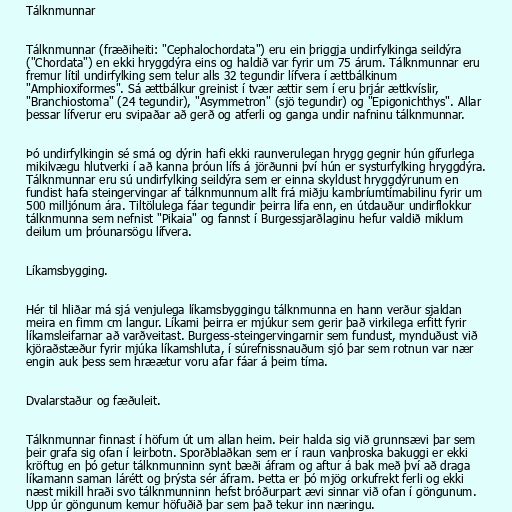
Tálknmunnar

Tálknmunnar (fræðiheiti: "Cephalochordata") eru ein þriggja undirfylkinga seildýra
("Chordata") en ekki hryggdýra eins og haldið var fyrir um 75 árum. Tálknmunnar eru
fremur lítil undirfylking sem telur alls 32 tegundir lífvera í ættbálkinum
"Amphioxiformes". Sá ættbálkur greinist í tvær ættir sem í eru þrjár ættkvíslir,
"Branchiostoma" (24 tegundir), "Asymmetron" (sjö tegundir) og "Epigonichthys". Allar
þessar lífverur eru svipaðar að gerð og atferli og ganga undir nafninu tálknmunnar.

Þó undirfylkingin sé smá og dýrin hafi ekki raunverulegan hrygg gegnir hún gífurlega
mikilvægu hlutverki í að kanna þróun lífs á jörðunni því hún er systurfylking hryggdýra.
Tálknmunnar eru sú undirfylking seildýra sem er einna skyldust hryggdýrunum en
fundist hafa steingervingar af tálknmunnum allt frá miðju kambríumtímabilinu fyrir um
500 milljónum ára. Tiltölulega fáar tegundir þeirra lifa enn, en útdauður undirflokkur
tálknmunna sem nefnist "Pikaia" og fannst í Burgessjarðlaginu hefur valdið miklum
deilum um þróunarsögu lífvera.

Líkamsbygging.

Hér til hliðar má sjá venjulega líkamsbyggingu tálknmunna en hann verður sjaldan
meira en fimm cm langur. Líkami þeirra er mjúkur sem gerir það virkilega erfitt fyrir
líkamsleifarnar að varðveitast. Burgess-steingervingarnir sem fundust, mynduðust við
kjöraðstæður fyrir mjúka líkamshluta, í súrefnissnauðum sjó þar sem rotnun var nær
engin auk þess sem hræætur voru afar fáar á þeim tíma.

Dvalarstaður og fæðuleit.

Tálknmunnar finnast í höfum út um allan heim. Þeir halda sig við grunnsævi þar sem
þeir grafa sig ofan í leirbotn. Sporðblaðkan sem er í raun vanþroska bakuggi er ekki
kröftug en þó getur tálknmunninn synt bæði áfram og aftur á bak með því að draga
líkamann saman lárétt og þrýsta sér áfram. Þetta er þó mjög orkufrekt ferli og ekki
næst mikill hraði svo tálknmunninn hefst bróðurpart ævi sinnar við ofan í göngunum.
Upp úr göngunum kemur höfuðið þar sem það tekur inn næringu.